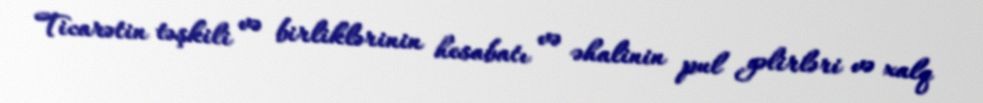
Ticarətin təşkili və birliklərinin hesabatı və əhalinin pul gəlirləri və xalq